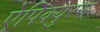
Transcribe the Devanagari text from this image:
ऐपिक्युरस